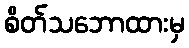
စိတ်သဘောထားမှ